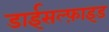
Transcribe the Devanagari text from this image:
डाईसल्फ़ाइड